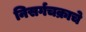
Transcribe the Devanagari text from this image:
निसर्गचक्राचे